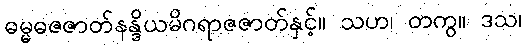
ဓမ္မဓဇဇာတ်နန္ဒိယမိဂရာဇဇာတ်နှင့်။ သဟ၊ တကွ။ ဒသ၊